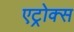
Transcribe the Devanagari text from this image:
एट्रोक्स